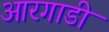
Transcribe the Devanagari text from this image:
आरगाडी